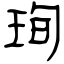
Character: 珣